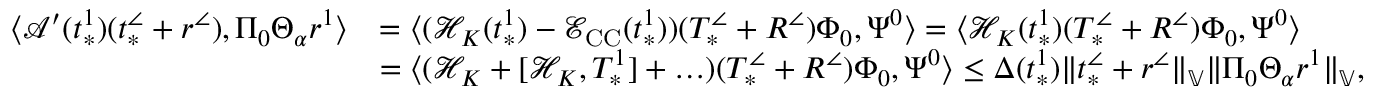
\begin{array} { r l } { \langle \mathcal { A } ^ { \prime } ( t _ { * } ^ { 1 } ) ( t _ { * } ^ { \angle } + r ^ { \angle } ) , \Pi _ { 0 } \Theta _ { \alpha } r ^ { 1 } \rangle } & { = \langle ( \mathcal { H } _ { K } ( t _ { * } ^ { 1 } ) - \mathcal { E } _ { \mathrm { C C } } ( t _ { * } ^ { 1 } ) ) ( T _ { * } ^ { \angle } + R ^ { \angle } ) \Phi _ { 0 } , \Psi ^ { 0 } \rangle = \langle \mathcal { H } _ { K } ( t _ { * } ^ { 1 } ) ( T _ { * } ^ { \angle } + R ^ { \angle } ) \Phi _ { 0 } , \Psi ^ { 0 } \rangle } \\ & { = \langle ( \mathcal { H } _ { K } + [ \mathcal { H } _ { K } , T _ { * } ^ { 1 } ] + \ldots ) ( T _ { * } ^ { \angle } + R ^ { \angle } ) \Phi _ { 0 } , \Psi ^ { 0 } \rangle \le \Delta ( t _ { * } ^ { 1 } ) \| t _ { * } ^ { \angle } + r ^ { \angle } \| _ { \mathbb { V } } \| \Pi _ { 0 } \Theta _ { \alpha } r ^ { 1 } \| _ { \mathbb { V } } , } \end{array}